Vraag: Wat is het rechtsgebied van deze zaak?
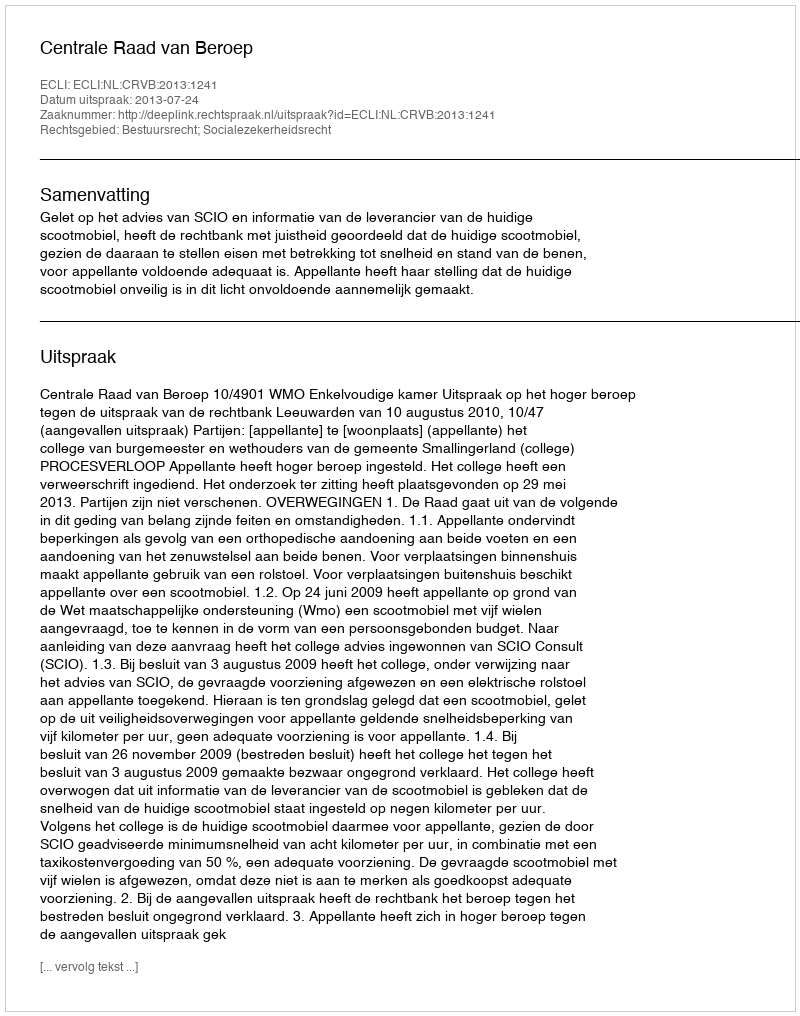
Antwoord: Bestuursrecht; Socialezekerheidsrecht